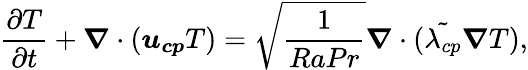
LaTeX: \frac{\partial T}{\partial t}+\boldsymbol{\nabla}\cdot(\boldsymbol{u_{cp}}T)=\sqrt{\frac{1}{RaPr}}\boldsymbol{\nabla}\cdot({\tilde{\lambda_{cp}}\boldsymbol{\nabla}T}),